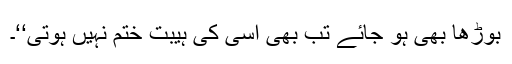
بوڑھا بھی ہو جائے تب بھی اسی کی ہیبت ختم نہیں ہوتی‘‘۔